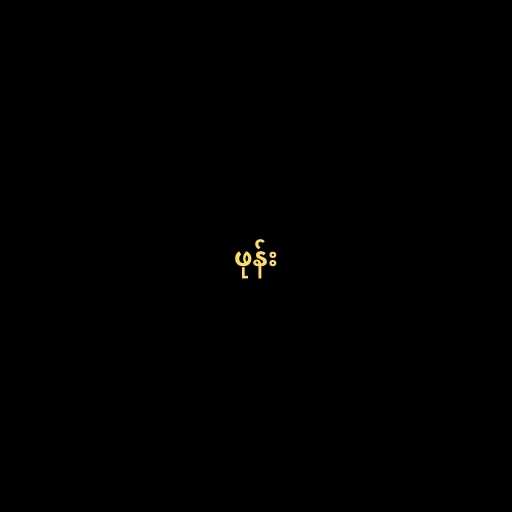
ဖုန်း